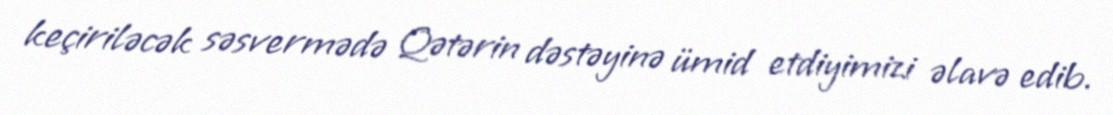
keçiriləcək səsvermədə Qətərin dəstəyinə ümid etdiyimizi əlavə edib.